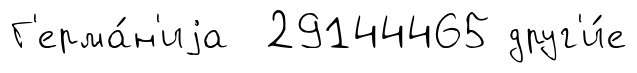
Г'ерма́н'иjа 29144465 друг'и́е